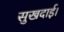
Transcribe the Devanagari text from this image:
सुखदाई।